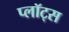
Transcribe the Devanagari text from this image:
प्लॉट्स